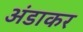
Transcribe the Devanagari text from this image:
अंडाकर